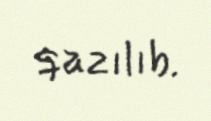
qazılıb.